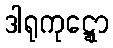
ဒါရုကုဋ္ဋော